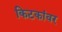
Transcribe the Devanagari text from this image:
किटकांवर